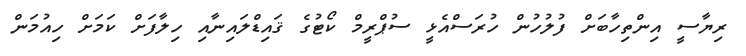
ރިޔާސީ އިންތިހާބަށް ފުލުހުން ހުރަސްއެޅީ ސުޕްރީމް ކޯޓުގެ ޤައިޑްލައިނާއި ހިލާފަށް ކަމަށް ހިއުމަން